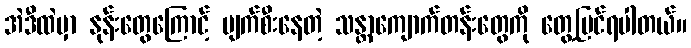
အဲဒီထဲမှာ နုန်းတွေကြောင့် ပျက်စီးနေတဲ့ သန္တာကျောက်တန်းတွေကို တွေ့မြင်ရပါတယ်။